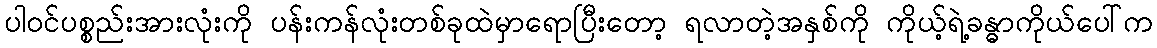
ပါဝင်ပစ္စည်းအားလုံးကို ပန်းကန်လုံးတစ်ခုထဲမှာရောပြီးတော့ ရလာတဲ့အနှစ်ကို ကိုယ့်ရဲ့ခန္ဓာကိုယ်ပေါ်က